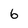
Character: 6